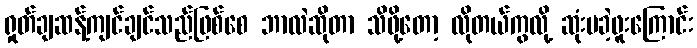
ရှုတ်ချဆန့်ကျင်ချင်သည်ဖြစ်စေ ဘာလဲဆိုတာ သိဖို့တော့ လိုတယ်ကွလို့ ဆုံးမခဲ့ဖူးကြောင်း